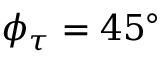
\phi _ { \tau } = 4 5 ^ { \circ }